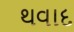
થવાદ